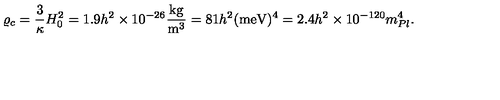
\varrho _ { c } = \frac { 3 } { \kappa } H _ { 0 } ^ { 2 } = 1 . 9 h ^ { 2 } \times 1 0 ^ { - 2 6 } \frac { \mathrm { k g } } { \mathrm { m } ^ { 3 } } = 8 1 h ^ { 2 } ( \mathrm { m e V } ) ^ { 4 } = 2 . 4 h ^ { 2 } \times 1 0 ^ { - 1 2 0 } m _ { P l } ^ { 4 } .